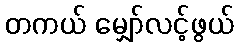
တကယ် မျှော်လင့်ဖွယ်